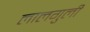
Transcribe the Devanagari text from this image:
लालगुली